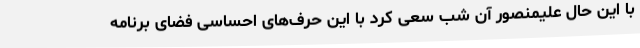
با این حال علیمنصور آن شب سعی کرد با این حرف‌های احساسی فضای برنامه